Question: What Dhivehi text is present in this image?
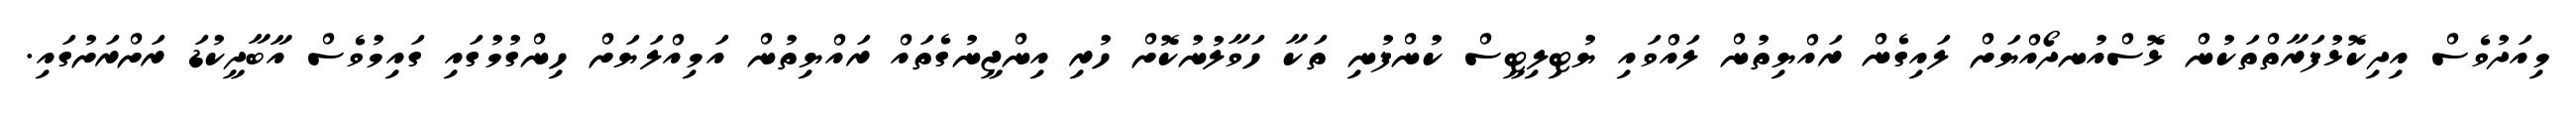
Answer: މިއަދުވެސް އިދިކޮޅުފަރާތްތަކުން ޅޮސްއުނދޯއްޔަށް ލައިގެން ރައްޔިތުން ލައްވައި ޔުޓިލިޓީސް ކުންފުނި ތަކާ ހަވާލުނުކޮށް ހުރި އިންޖީނުގެތައް ރައްޔިތުން އަމިއްލަޔަށް ހިންގުމުގައި ގައިމުވެސް އާބާދީކުޑަ ރަށްރަށުގައި.